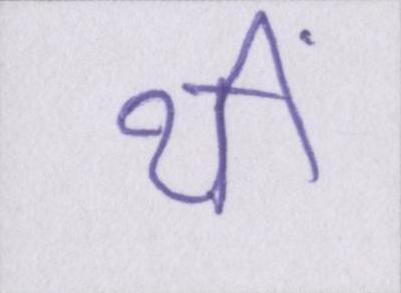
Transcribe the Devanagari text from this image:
थीं